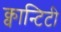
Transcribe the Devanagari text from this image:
क्वान्टिटी